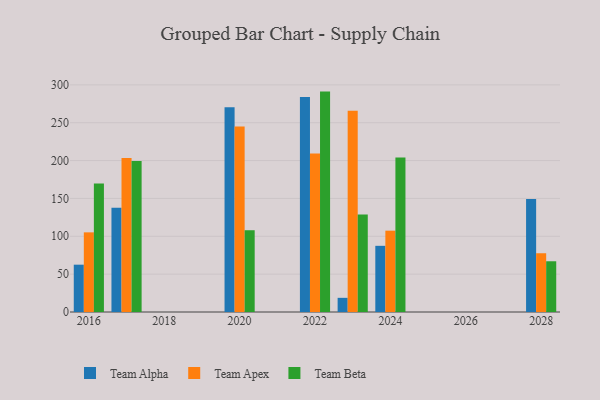
{"axis": {"x": "Year", "y": "Budget (USD K)"}, "legend": ["Team Alpha", "Team Apex", "Team Beta"], "data": [{"x": "2024", "y": 87.4, "type": "Team Alpha"}, {"x": "2024", "y": 107.4, "type": "Team Apex"}, {"x": "2024", "y": 204.2, "type": "Team Beta"}, {"x": "2016", "y": 62.5, "type": "Team Alpha"}, {"x": "2016", "y": 105.2, "type": "Team Apex"}, {"x": "2016", "y": 169.7, "type": "Team Beta"}, {"x": "2020", "y": 270.3, "type": "Team Alpha"}, {"x": "2020", "y": 245.1, "type": "Team Apex"}, {"x": "2020", "y": 108.0, "type": "Team Beta"}, {"x": "2028", "y": 149.1, "type": "Team Alpha"}, {"x": "2028", "y": 77.6, "type": "Team Apex"}, {"x": "2028", "y": 67.0, "type": "Team Beta"}, {"x": "2023", "y": 18.7, "type": "Team Alpha"}, {"x": "2023", "y": 265.7, "type": "Team Apex"}, {"x": "2023", "y": 128.8, "type": "Team Beta"}, {"x": "2017", "y": 137.7, "type": "Team Alpha"}, {"x": "2017", "y": 203.4, "type": "Team Apex"}, {"x": "2017", "y": 199.3, "type": "Team Beta"}, {"x": "2022", "y": 283.9, "type": "Team Alpha"}, {"x": "2022", "y": 209.5, "type": "Team Apex"}, {"x": "2022", "y": 291.1, "type": "Team Beta"}]}